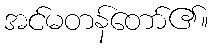
အင်မတန်တော်၏။